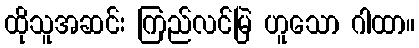
ထိုသူအဆင်း ကြည်လင်မြဲ ဟူသော ဂါထာ။